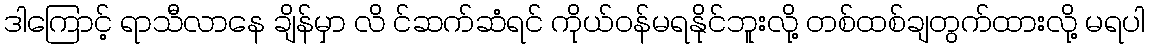
ဒါကြောင့် ရာသီလာနေ ချိန်မှာ လိ င်ဆက်ဆံရင် ကိုယ်ဝန်မရနိုင်ဘူးလို့ တစ်ထစ်ချတွက်ထားလို့ မရပါ